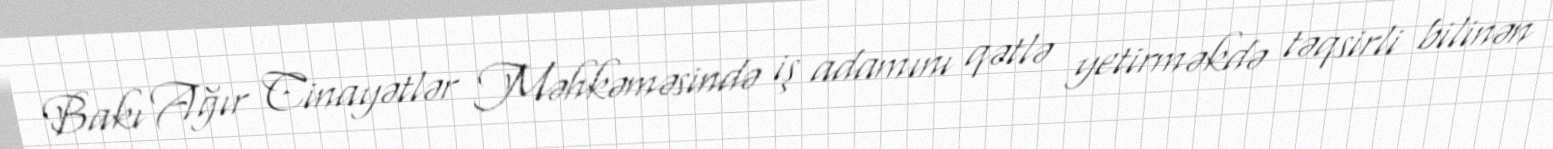
Bakı Ağır Cinayətlər Məhkəməsində iş adamını qətlə yetirməkdə təqsirli bilinən